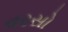
વરસો